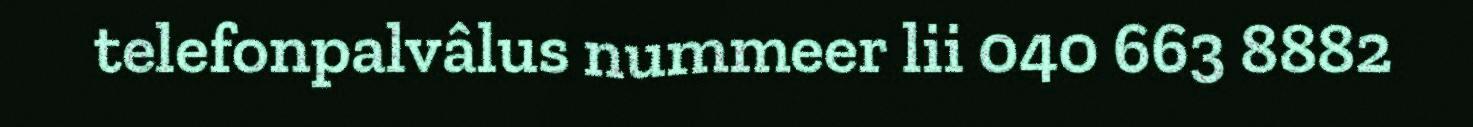
telefonpalvâlus nummeer lii 040 663 8882